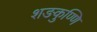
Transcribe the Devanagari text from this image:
शङकुण्णि